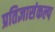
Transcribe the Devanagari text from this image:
प्रतिज्ञासंकल्प